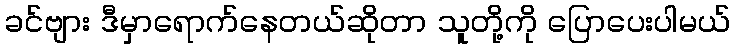
ခင်ဗျား ဒီမှာရောက်နေတယ်ဆိုတာ သူတို့ကို ပြောပေးပါမယ်